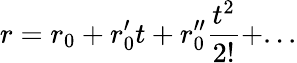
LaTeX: r=r_{0}+r_{0}^{\prime}t+r_{0}^{\prime\prime}{\frac{t^{2}}{2!}}+...